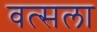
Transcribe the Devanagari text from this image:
वत्‍सला